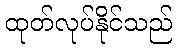
ထုတ်လုပ်နိုင်သည်